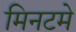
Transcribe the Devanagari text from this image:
मिनटमे